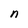
Character: n